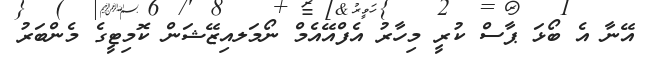
އޭނާ އެ ބޯޅަ ޕާސް ކުރީ މިހާރު އެފްއޭއެމް ނޯމަލއިޒޭޝަން ކޮމިޓީގެ މެންބަރު